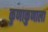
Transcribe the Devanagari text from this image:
कुणाकुणाला